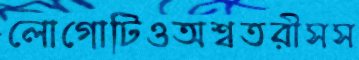
লোগোটিওঅশ্বতরীসস